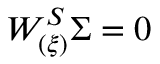
{ \cal W _ { ( \xi ) } ^ { S } } \Sigma = 0